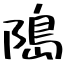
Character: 﨩